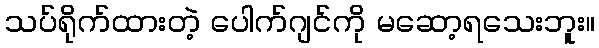
သပ်ရိုက်ထားတဲ့ ပေါက်ဂျင်ကို မဆော့ရသေးဘူး။